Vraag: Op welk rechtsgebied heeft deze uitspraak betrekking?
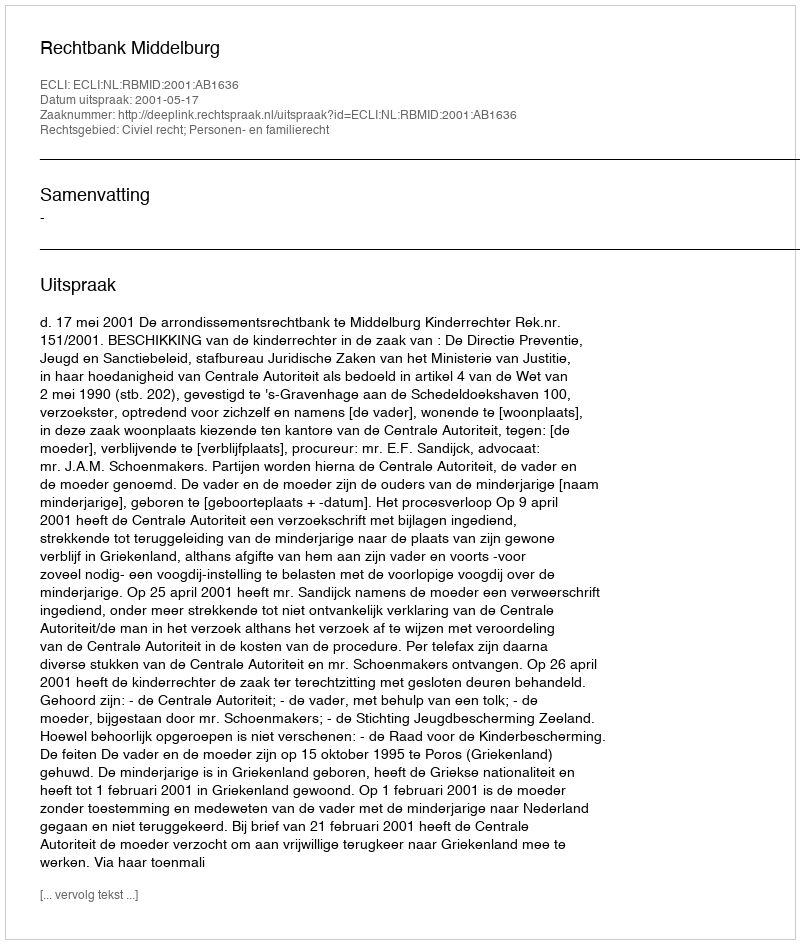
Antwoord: Civiel recht; Personen- en familierecht